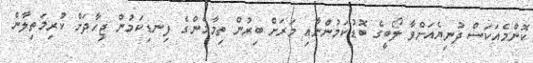
ކޮންމެއަކަސް ދުނިޔެއަށްވާ ލޯބީގެ ބޮޑުކަމުންނާއި މަރަށް ބިރުން ތިމާމެންގެ ފިނޑިކަމުން ޖިހާދަށް ކުރިމަތިލާން